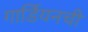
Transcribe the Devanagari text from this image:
गार्डियनची